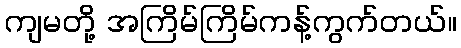
ကျမတို့ အကြိမ်ကြိမ်ကန့်ကွက်တယ်။